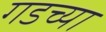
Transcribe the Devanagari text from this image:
गडच्या